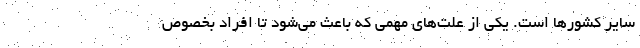
سایر کشورها است. یکی از علت‌های مهمی که باعث می‌شود تا افراد بخصوص